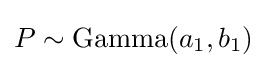
P\sim {\text{Gamma}}(a_{1},b_{1})